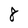
Character: 8